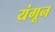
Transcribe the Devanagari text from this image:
यंगून